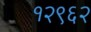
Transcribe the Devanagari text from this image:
१२९६२